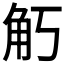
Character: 𧢵